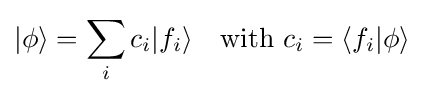
|\phi \rangle =\sum _{i}c_{i}|f_{i}\rangle \quad {\text{with }}c_{i}=\langle f_{i}|\phi \rangle